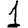
Digit: 1